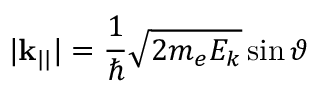
| \mathbf { k } _ { | | } | = { \frac { 1 } { \hbar } } { \sqrt { 2 m _ { e } E _ { k } } } \sin \vartheta